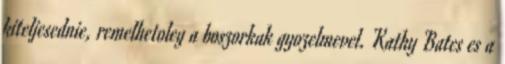
kiteljesednie, remelhetoleg a boszorkak gyozelmevel. Kathy Bates es a